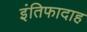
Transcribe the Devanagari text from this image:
इंतिफादाह